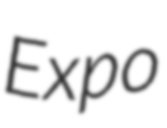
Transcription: Expo